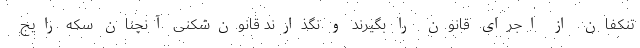
تنکفان از اجرای قانون را بگیرند و نگذارند قانون‌شکنی آنچنان سکه رایج